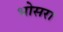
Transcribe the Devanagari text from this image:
भोसरा